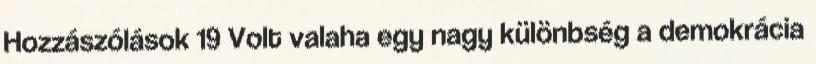
Hozzászólások 19 Volt valaha egy nagy különbség a demokrácia